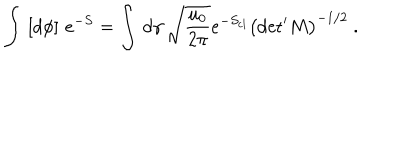
\int \, \left[ d \phi \right] \, e ^ { - S } = \int \, d \gamma \, \sqrt { \frac { u _ { 0 } } { 2 \pi } } e ^ { - S _ { \mathrm { c l } } } \left( { \det } ^ { \prime } M \right) ^ { - 1 / 2 } \ .